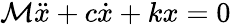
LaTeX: \mathcal{M}{\ddot{{x}}}+c{\dot{{x}}}+kx=0